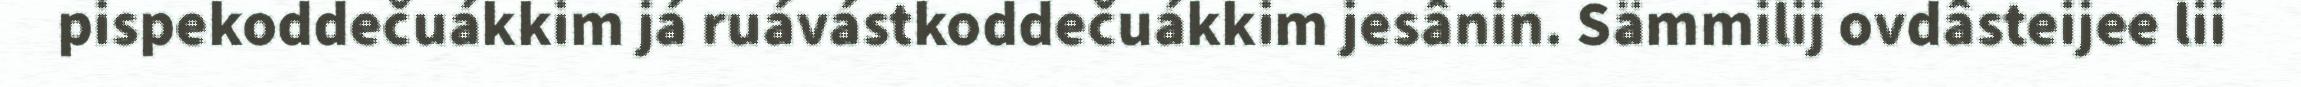
pispekoddečuákkim já ruávástkoddečuákkim jesânin. Sämmilij ovdâsteijee lii